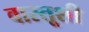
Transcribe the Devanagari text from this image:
वास्तूशी